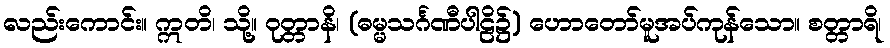
လည်းကောင်း။ ဣတိ၊ သို့။ ဝုတ္တာနိ၊ (ဓမ္မသင်္ဂဏီပါဠိ၌) ဟောတော်မူအပ်ကုန်သော။ စတ္တာရိ၊